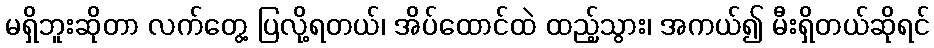
မရှိဘူးဆိုတာ လက်တွေ့ ပြလို့ရတယ်၊ အိပ်ထောင်ထဲ ထည့်သွား၊ အကယ်၍ မီးရှိတယ်ဆိုရင်